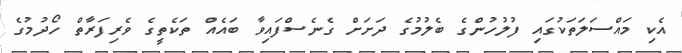
އެކި މައްސަލަތަކުގައި ފުލުހުންގެ ބެލުމުގެ ދަށަށް ގެނެސްފައިވާ ބައެއް ތަކެތީގެ ވެރިފަރާތް ހޯދުމުގެ